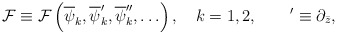
\begin{align*}{\cal F}\equiv {\cal F}\left(\overline\psi_k,\overline\psi_k',\overline\psi_k'',\ldots\right),\quad k=1,2,\qquad '\equiv \partial_{\bar z},\end{align*}